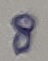
Text: 8